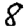
Digit: 8